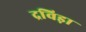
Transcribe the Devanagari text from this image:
द्रविड़ा